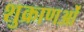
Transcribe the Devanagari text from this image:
शुक्राणओं